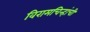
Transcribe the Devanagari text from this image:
विरामचिन्हांची